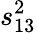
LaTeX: s_{13}^{2}